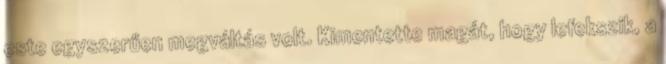
este egyszerűen megváltás volt. Kimentette magát, hogy lefekszik, a